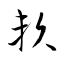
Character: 賴